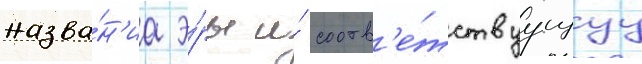
назва́н'иа э́ры и́ соотв'е́тствуущуу